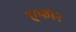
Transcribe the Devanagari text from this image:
एफोर